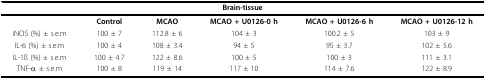
| <COLSPAN=6> Brain-tissue |
 | --- | --- | --- | --- | --- | --- |
 |  | Control | MCAO | MCAO + U0126-0 h | MCAO + U0126-6 h | MCAO + U0126-12 h |
 | iNOS (%) ± s.e.m | 100 ± 7 | 112.8 ± 6 | 104 ± 3 | 100.2 ± 5 | 103 ± 9 |
 | IL-6 (%) ± s.e.m | 100 ± 4 | 108 ± 3.4 | 94 ± 5 | 95 ± 3.7 | 102 ± 5.6 |
 | IL-1ß (%) ± s.e.m | 100 ± 4.7 | 122 ± 8.6 | 100 ± 5 | 100 ± 3 | 111 ± 3.1 |
 | TNF-α ± s.e.m | 100 ± 8 | 119 ± 14 | 117 ± 10 | 114 ± 7.6 | 122 ± 8.9 |